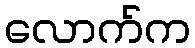
လောက်က